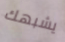
يشبهك